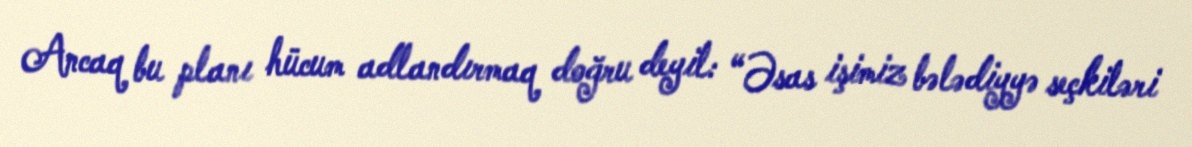
Ancaq bu planı hücum adlandırmaq doğru deyil: “Əsas işimiz bələdiyyə seçkiləri